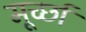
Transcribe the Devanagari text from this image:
मूर्च्‍छा